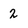
Character: 2